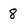
Character: 8